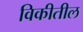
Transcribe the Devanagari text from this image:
विकीतील